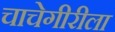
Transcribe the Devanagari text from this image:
चाचेगीरीला